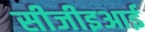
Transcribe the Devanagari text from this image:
सीजीइआई